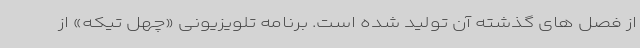
از فصل های گذشته آن تولید شده است. برنامه تلویزیونی «چهل تیکه» از